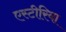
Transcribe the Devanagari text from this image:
एस्टीरिया